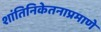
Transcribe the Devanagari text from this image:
शांतिनिकेतनाप्रमाणे